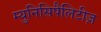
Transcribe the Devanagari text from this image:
म्युनिसिपैलिटीज़